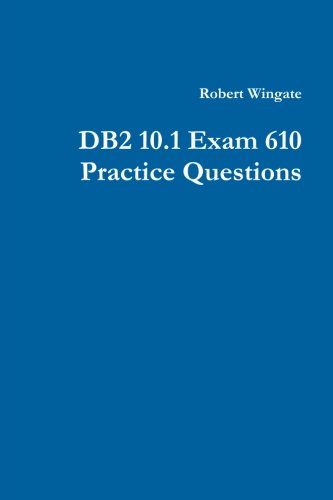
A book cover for Db2 10.1 Exam 610 Practice Questions; Robert Wingate; Computers & Technology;